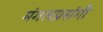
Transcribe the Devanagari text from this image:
मंगलप्रसंगी